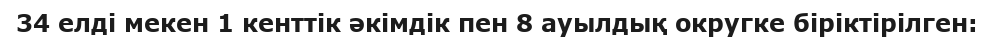
34 елді мекен 1 кенттік әкімдік пен 8 ауылдық округке біріктірілген: